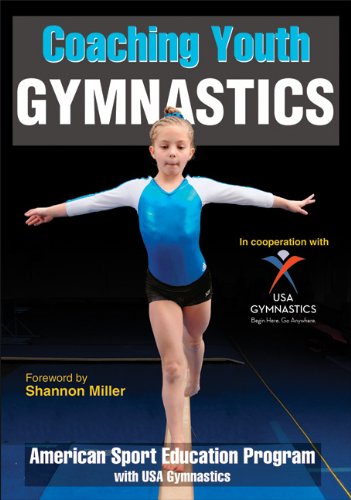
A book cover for Coaching Youth Gymnastics (Coaching Youth Sports); USA Gymnastics; Sports & Outdoors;